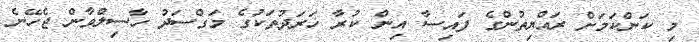
މި ކަންކަމަށް ރައްޔިތުންގެ ފައިސާ އިން ކުރާ ޚަރަދުތަކުގެ މަގްސަދު ހާސިލްވާން ޖެހޭނެ